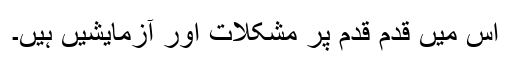
اِس میں قدم قدم پر مشکلات اور آزمایشیں ہیں۔